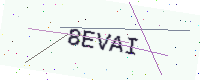
Text: 8EVAI